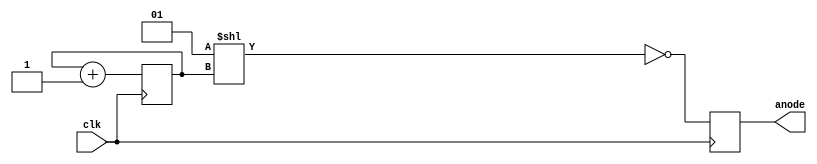
`timescale 1ns / 1ps


module sevenseg_selector(clk, anode);

    input clk;
    
    
    parameter size = 2;
    
    reg [ size - 1 : 0 ] current;
    

    parameter digit = 4;
    
    output [ digit - 1 : 0 ] anode;
    
    
    reg [ digit - 1 : 0 ] anode;
    
    
    initial
    
    begin
    
        current <= 0;
    
        anode <= 'b0;
    
    end
    
    
    always @(posedge clk)
    
    begin
    
        current <= current + 1;
        
        anode <= ~(1 << current);
        
    end
    
endmodule